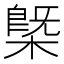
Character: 槩